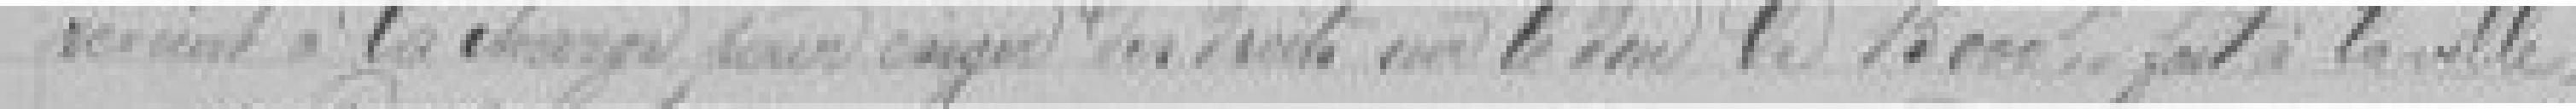
revient à la charge pour exiger des droits sur le ... de l... fait à la ville.